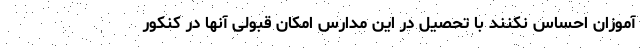
آموزان احساس نکنند با تحصیل در این مدارس امکان قبولی آنها در کنکور